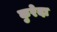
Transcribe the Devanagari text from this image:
कुरेदा